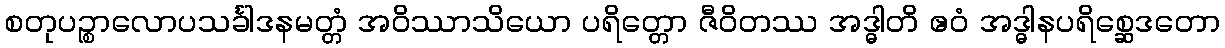
စတုပဉ္စာလောပသင်္ခါဒနမတ္တံ အဝိဿာသိယော ပရိတ္တော ဇီဝိတဿ အဒ္ဓါတိ ဧဝံ အဒ္ဓါနပရိစ္ဆေဒတော